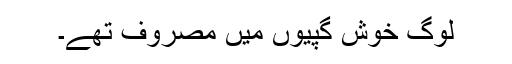
لوگ خوش گپیوں میں مصروف تھے۔